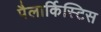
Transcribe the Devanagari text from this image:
पैलार्किस्टिस